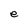
Character: e